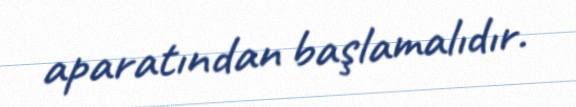
aparatından başlamalıdır.